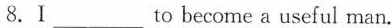
8.Ⅰ___ to become a useful man.